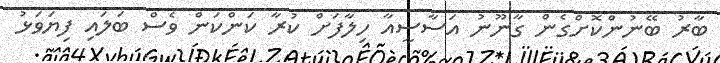
ބާރު ބޭނުންކޮށްގެން ގާނޫނު އަސާސީއާ ހިލާފަށް ކުރާ ކަންކަން ވެސް ބަލައި ފިޔަވަޅު